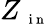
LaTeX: Z_{\mathrm{~\scriptsize~i~n~}}